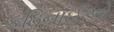
કઠિનાઈઓ